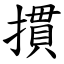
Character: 摜